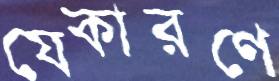
যেকারণে